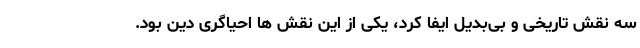
سه نقش تاریخی و بی‌بدیل ایفا کرد، یکی از این نقش ها احیاگری دین بود.